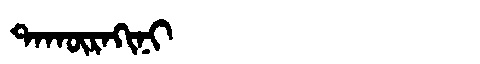
Manchu: ᡨᠠᡴᡡᡵᠠᡴᡳᠨᡳ
Romanization: TAKŪRAKINI